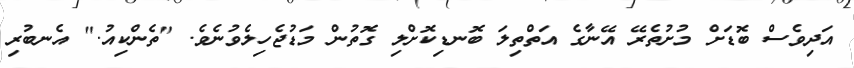
އަދިވެސް ބޮޑަށް މުށުތެރޭ އޭނާގެ އަތްތިލަ ބޮނޑިކޮށްލި ގޮތުން މަޑުޖެހިލެވުނެވެ. "ތެންކިއު." އެނބުރި